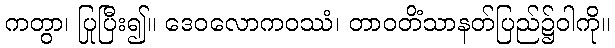
ကတွာ၊ ပြုပြီး၍။ ဒေဝလောကဝဿံ၊ တာဝတိံသာနတ်ပြည်၌ဝါကို။